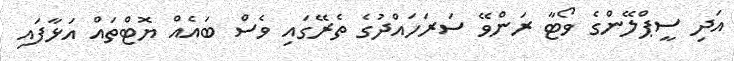
އަދި ސީޕްލޭންގެ ވޯޓާ ރަންވޭ ސަރަހައްދުގެ ތެރޭގައި ވެސް ބައެއް ޔޮޓްތައް އަޅާފައި